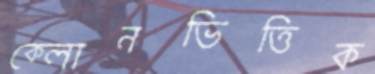
ক্লোনভিত্তিক